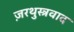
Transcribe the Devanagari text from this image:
ज़रथुस्त्रवाद